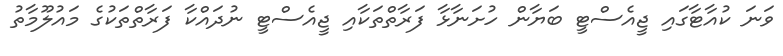
ވަނަ ކުއާޓާގައި ޖީއެސްޓީ ބަޔާން ހުށަނާޅާ ފަރާތްތަކާއި ޖީއެސްޓީ ނުދައްކާ ފަރާތްތަކުގެ މަައުލޫމާތު